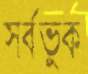
সর্বভুক